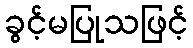
ခွင့်မပြုသဖြင့်